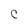
Character: c